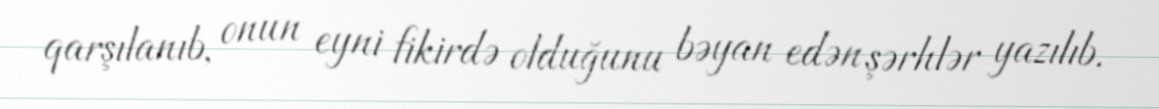
qarşılanıb, onun eyni fikirdə olduğunu bəyan edən şərhlər yazılıb.